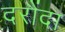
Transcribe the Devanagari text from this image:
दरौंदा